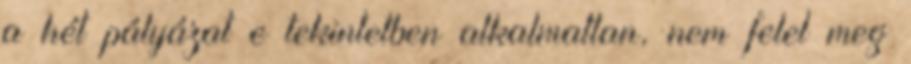
a hét pályázat e tekintetben alkalmatlan, nem felel meg